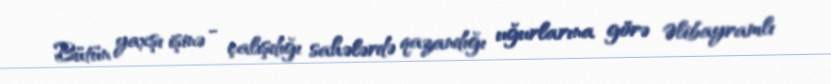
Bütün yaxşı işinə - çalışdığı sahələrdə qazandığı uğurlarına görə Əlibayramlı